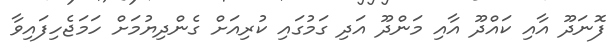
ފޮނަދޫ އާއި ކައްދޫ އާއި މަންދޫ އަދި ގަމުގައި ކުރިއަށް ގެންދިޔުމަށް ހަމަޖެހިފައިވާ